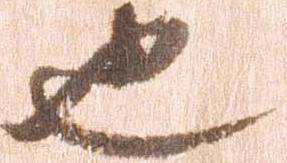
也